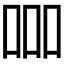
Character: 𠱠